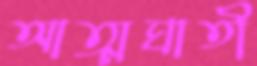
আত্মঘাতী